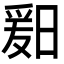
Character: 𬁆